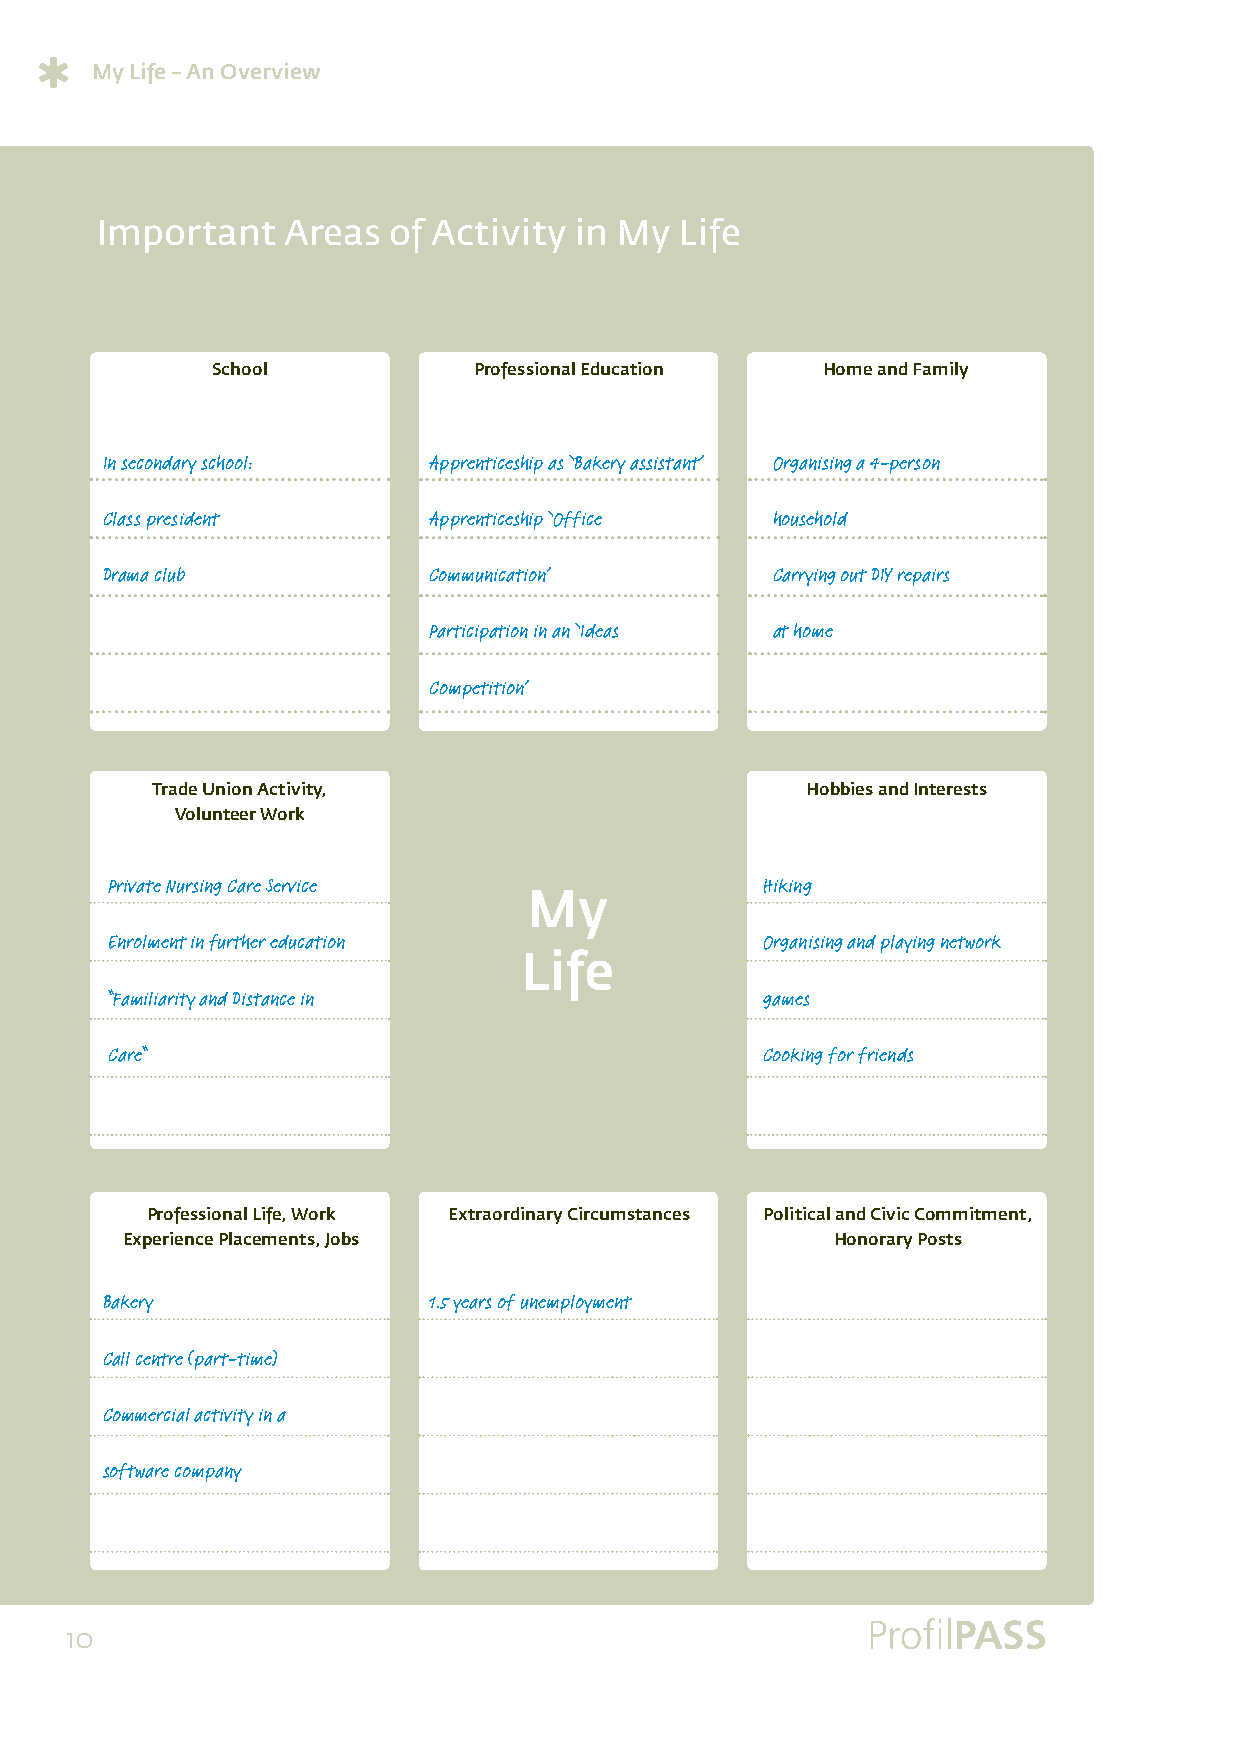
My Life – An Overview
 Important    Areas  of Activity in My  Life
 School           Professional Education Home and Family
 In secondary school: Apprenticeship as ‘Bakery assistant’ Organising a 4-person
 Class president      Apprenticeship ‘Office household
 Drama club           Communication’         Carrying out DIY repairs
 Participation in an ‘Ideas at home
 Competition’
 Trade Union Activity,                      Hobbies and Interests
 Volunteer Work
 Private Nursing Care Service                Hiking
 My
 Enrolment in further education              Organising and playing network
 Life
 “Familiarity and Distance in                games
 Care“                                       Cooking for friends
 Professional Life, Work Extraordinary Circumstances Political and Civic Commitment,
 Experience Placements, Jobs                    Honorary Posts
 Bakery               1.5 years of unemployment
 Call centre (part-time)
 Commercial activity in a
 software company
 10